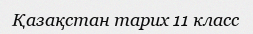
Қазақстан тарих 11 класс